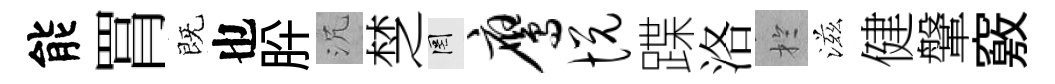
能罥既也肸沉椘罔鹰悦蹀洛扵滋健鞶竅